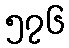
၅၇၆